Problem: 2 × 2 = ?
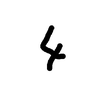
Handwritten answer: 4